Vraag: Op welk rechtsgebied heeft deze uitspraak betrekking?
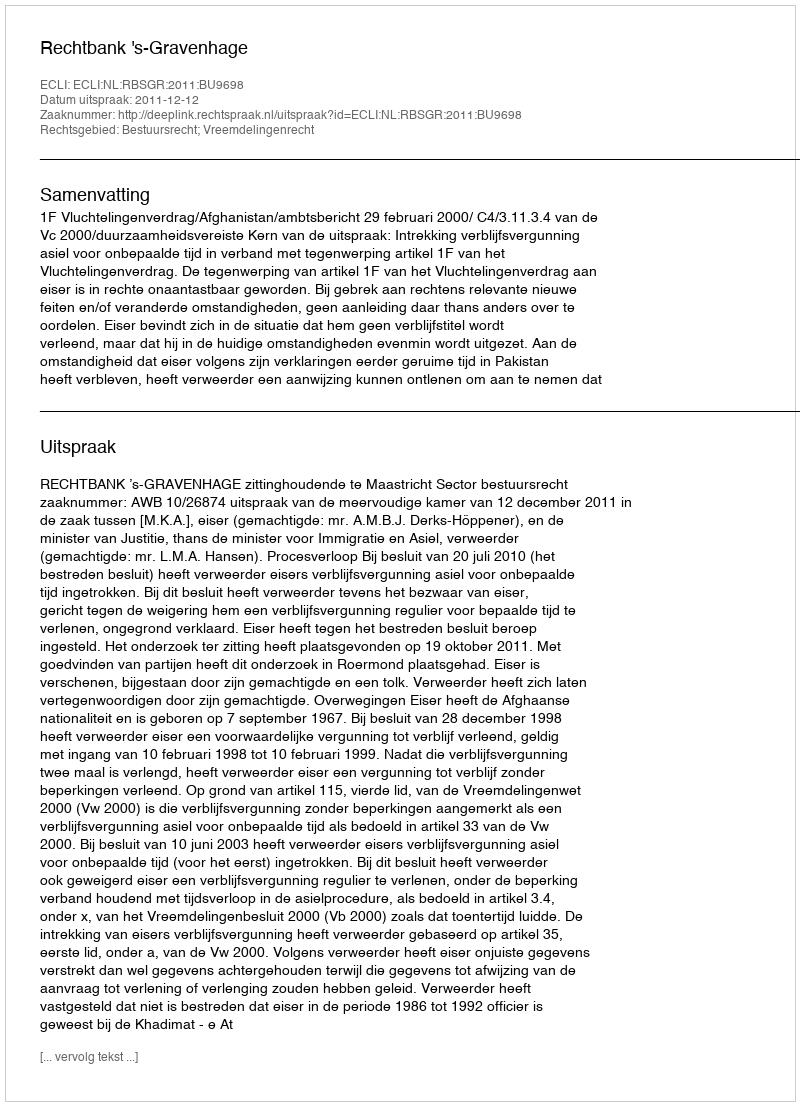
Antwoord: Bestuursrecht; Vreemdelingenrecht